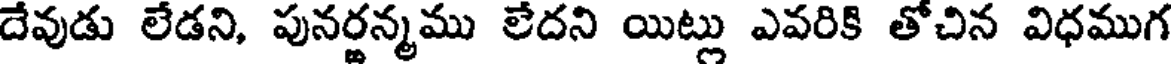
దేవుడు లేడని, పునర్జన్మము లేదని యిట్లు ఎవరికి తోచిన విధముగ